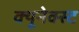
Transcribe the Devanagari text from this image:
क्यूनेक्स्ट